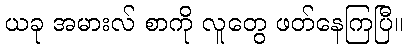
ယခု အမားလ် စာကို လူတွေ ဖတ်နေကြပြီ။